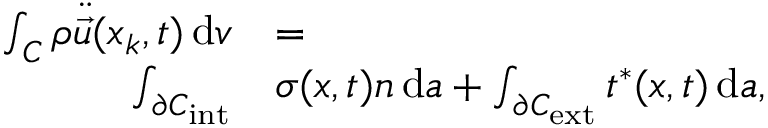
\begin{array} { r l } { \int _ { C } \rho \ddot { \vec { u } } ( \boldsymbol { x } _ { k } , t ) \, \mathrm { d } v } & { = } \\ { \int _ { \partial { C } _ { \mathrm { i n t } } } } & { \boldsymbol { \sigma } ( \boldsymbol { x } , t ) \boldsymbol { n } \, \mathrm { d } a + \int _ { \partial { C } _ { \mathrm { e x t } } } \boldsymbol { t } ^ { * } ( \boldsymbol { x } , t ) \, \mathrm { d } a , } \end{array}